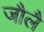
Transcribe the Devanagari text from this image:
जौलै